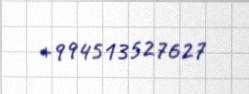
+994513527627